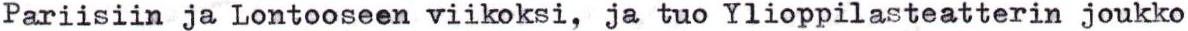
Pariisiin ja Lontooseen viikoksi, ja tuo Ylioppilasteatterin joukko